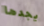
يجدها